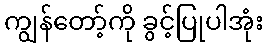
ကျွန်တော့်ကို ခွင့်ပြုပါအုံး